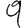
Digit: 9